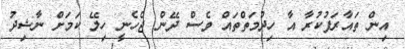
އިން ތައާރަފުކުރާ އާ ހިދުމަތްތައް ވެސް ދޭން ޖެހެނީ ހިލޭ ކަމަށް ނާޝިދު